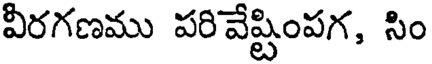
వీరగణము పరివేష్టింపగ, సిం